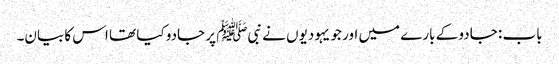
باب : جادو کے بارے میں اور جو یہودیوں نے نبیﷺ پر جادو کیا تھا اس کا بیان۔